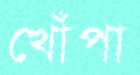
খোঁপা